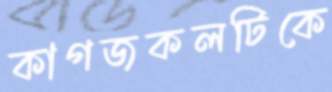
কাগজকলটিকে